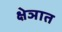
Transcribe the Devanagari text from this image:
क्षेञात